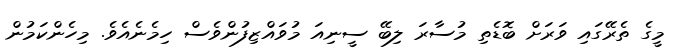
މީގެ ތެރޭގައި ވަރަށް ބޮޑެތި މުސާރަ ލިބޭ ސީނިއަ މުވައްޒިފުންވެސް ހިމެނެއެވެ. މިހެންކަމުން